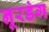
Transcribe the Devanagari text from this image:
नूरडंग